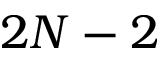
2 N - 2